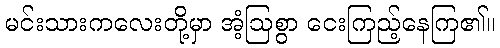
မင်းသားကလေးတို့မှာ အံ့ဩစွာ ငေးကြည့်နေကြ၏။